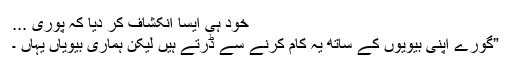
خود ہی ایسا انکشاف کر دیا کہ پوری ...
”گورے اپنی بیویوں کے ساتھ یہ کام کرنے سے ڈرتے ہیں لیکن ہماری بیویاں یہاں ۔